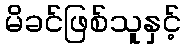
မိခင်ဖြစ်သူနှင့်